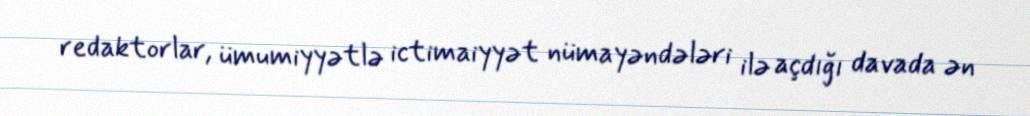
redaktorlar, ümumiyyətlə ictimaiyyət nümayəndələri ilə açdığı davada ən